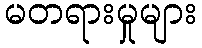
မတရားမှုများ